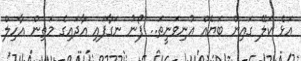
އަޅެ ކަލޭ ގައިން ބަޔެއް އުނިވަނީތަ.. ފޯނު ނަގާފައި އާދައިގެ މަތިން އާހިލް